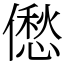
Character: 僽